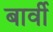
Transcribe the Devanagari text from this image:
बार्वी